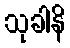
သုခါနိ